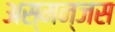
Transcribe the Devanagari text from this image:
अस्मन्जस